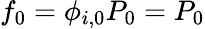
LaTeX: f_{0}=\phi_{i,0}P_{0}=P_{0}